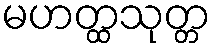
မဟတ္ထသုတ္တ